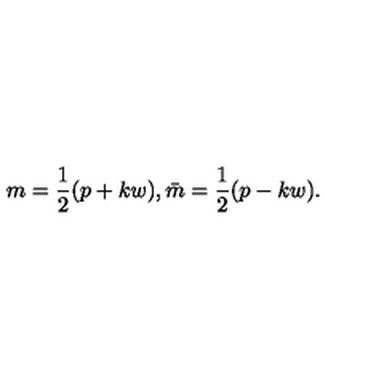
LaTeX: m = \frac { 1 } { 2 } ( p + k w ) , \bar { m } = \frac { 1 } { 2 } ( p - k w ) .